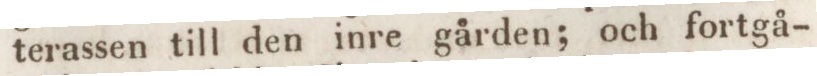
terassen till den inre gården; och fortgå-